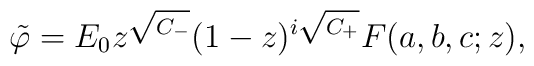
\tilde\varphi = E_0 z^{\sqrt{C_-}} (1-z)^{i\sqrt{C_+}} F(a,b,c;z),